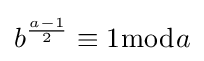
b^{\frac {a-1}{2}}\equiv 1{\bmod {a}}